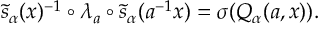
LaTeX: \widetilde { s } _ { \alpha } ( x ) ^ { - 1 } \circ \lambda _ { a } \circ \widetilde { s } _ { \alpha } ( a ^ { - 1 } x ) = \sigma ( Q _ { \alpha } ( a , x ) ) .